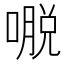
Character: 𰈥